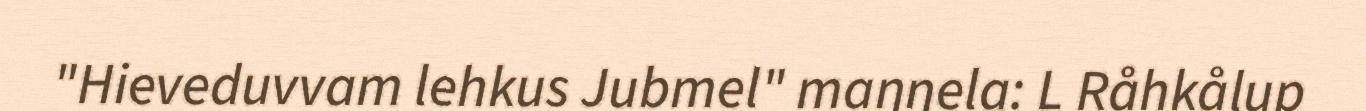
"Hieveduvvam lehkus Jubmel" maŋŋela: L Råhkålup